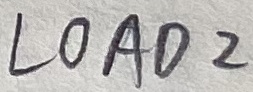
Text: LOAD2